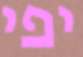
יפי